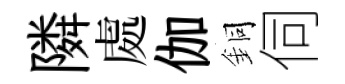
隣處伽銅伺